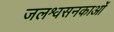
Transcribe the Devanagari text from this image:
जलश्वसनकाओं